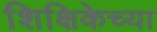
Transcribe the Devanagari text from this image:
शिक्षिकेच्या